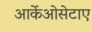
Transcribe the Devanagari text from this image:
आर्केओसेटाए